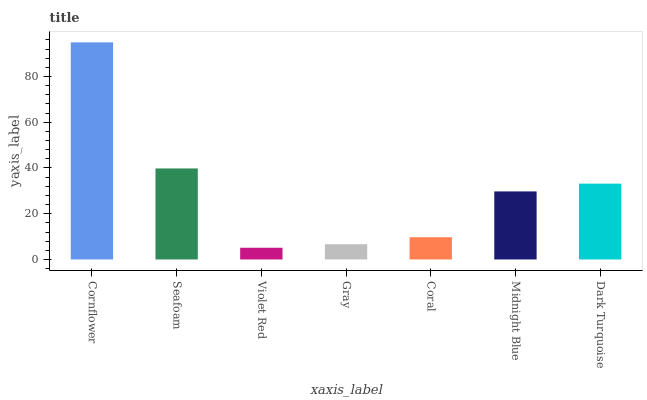
| xaxis_label | bars |
 | --- | --- |
 | Cornflower | 94.9 |
 | Seafoam | 39.8 |
 | Violet Red | 5.12 |
 | Gray | 6.66 |
 | Coral | 9.72 |
 | Midnight Blue | 29.8 |
 | Dark Turquoise | 33.1 |